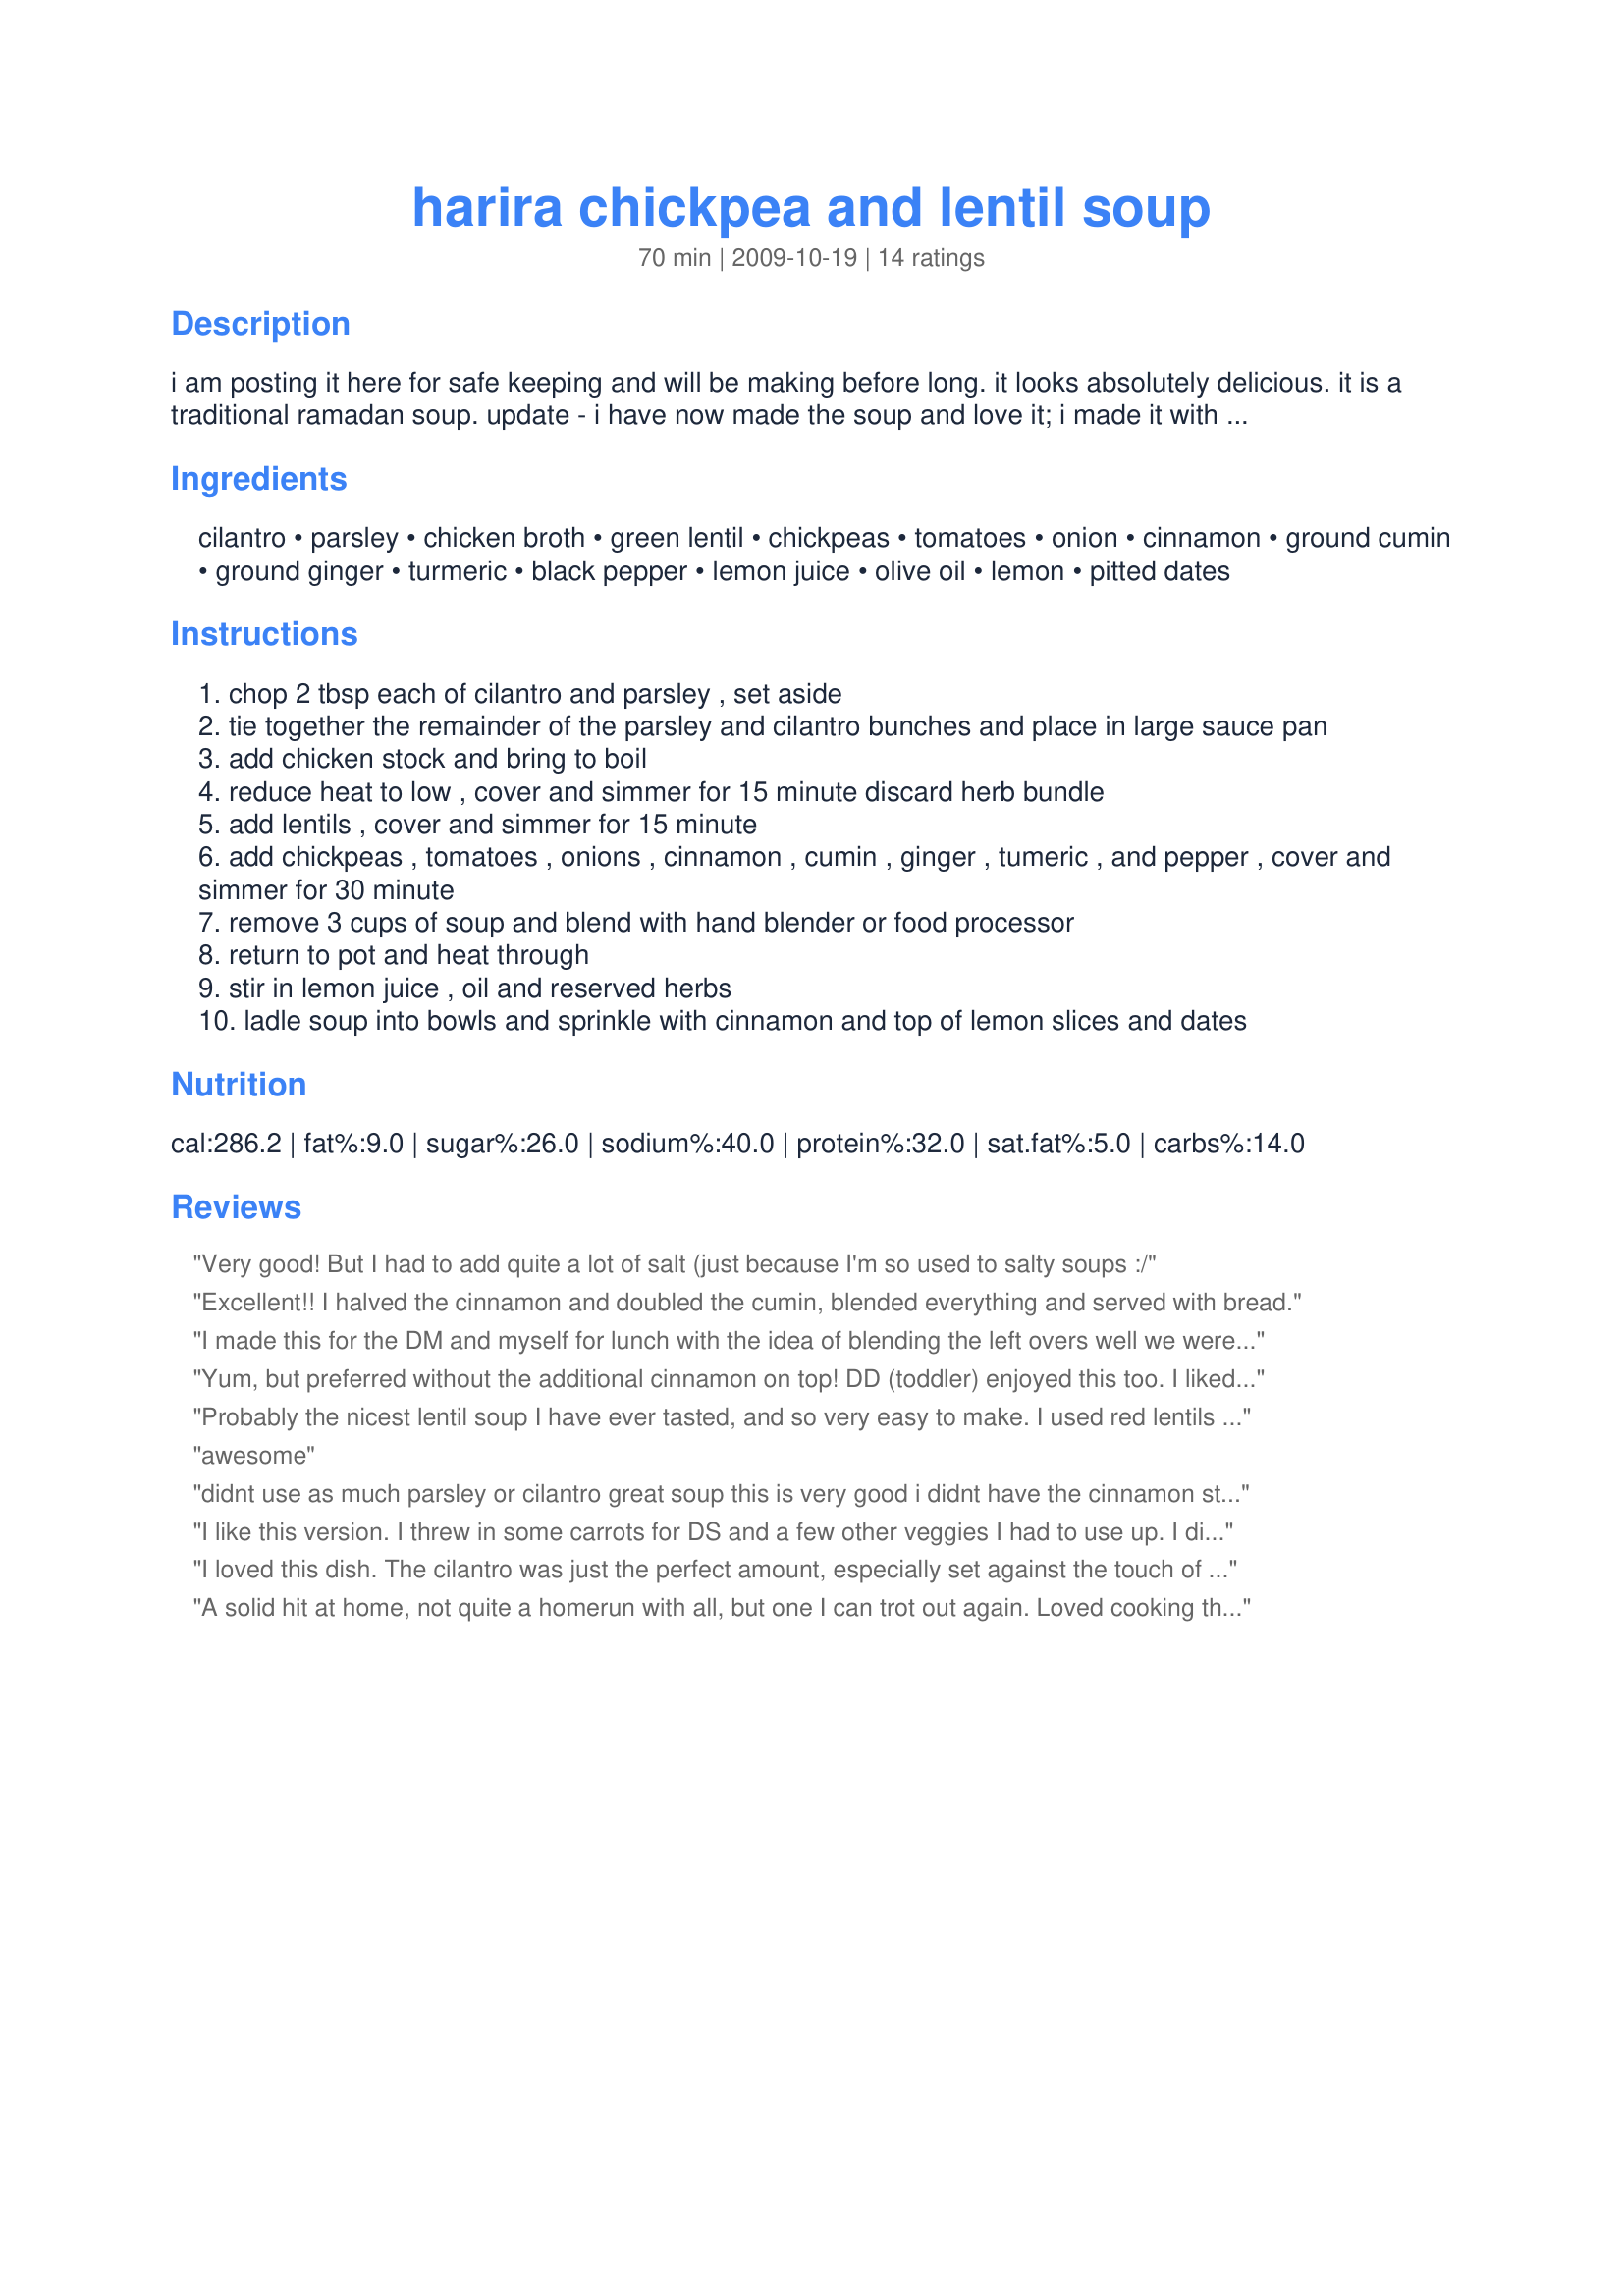
harira chickpea and lentil soup
Preparation time: 70 minutes

i am posting it here for safe keeping and will be making before long. it looks absolutely delicious. it is a traditional ramadan soup. update - i have now made the soup and love it; i made it with red lentils which worked fine.

Ingredients:
cilantro, parsley, chicken broth, green lentil, chickpeas, tomatoes, onion, cinnamon, ground cumin, ground ginger, turmeric, black pepper, lemon juice, olive oil, lemon, pitted dates

Steps:
chop 2 tbsp each of cilantro and parsley , set aside
tie together the remainder of the parsley and cilantro bunches and place in large sauce pan
add chicken stock and bring to boil
reduce heat to low , cover and simmer for 15 minute discard herb bundle
add lentils , cover and simmer for 15 minute
add chickpeas , tomatoes , onions , cinnamon , cumin , ginger , tumeric , and pepper , cover and simmer for 30 minute
remove 3 cups of soup and blend with hand blender or food processor
return to pot and heat through
stir in lemon juice , oil and reserved herbs
ladle soup into bowls and sprinkle with cinnamon and top of lemon slices and dates

Reviews:
Very good! But I had to add quite a lot of salt (just because I'm so used to salty soups :/
Excellent!! I halved the cinnamon and doubled the cumin, blended everything and served with bread.
I made this for the DM and myself for lunch with the idea of blending the left overs well we were enjoying it so much we polished of the lot and were chockas to say the least but very happily so. I just gave it a quick stab with the stick blender to smooth out some of the ingredients but left it mainly chunky and all the flavours justed played on one another and every mouthful was a pleasure to the senses, thank you Deantini, made for ZAAR Stars.
Yum, but preferred without the additional cinnamon on top! DD (toddler) enjoyed this too. I liked the lemon slice garnish it added much more to the flavour and I would not leave it off. I used red lentils as well. I used recipe#82385, less chickpeas as I was using the rest of a 19 oz can, freshly squeezed lemon juice, unrefined extra virgin olive oil, plus the rest except the optional date garnish as I didn't have any on hand! Made for Went to the Market Tag Game - Winter 2010/11.
Probably the nicest lentil soup I have ever tasted, and so very easy to make. I used red lentils and all the spices. My tins of tomatoes and chickpeas were each 14 ounces and I used all of both (including the juice of the tomatoes but not the liquid from the chickpeas). Although I love cinnamon, I worried that it might overpower the other flavours but it didn't. I hope everyone makes this comforting soup. It really is special. Thanks.
awesome
didnt use as much parsley or cilantro great soup this is very good i didnt have the cinnamon stick in very long cause it was smelling real cinnamony , and i just wanted a hint in the soup zaar 6 tour
I like this version. I threw in some carrots for DS and a few other veggies I had to use up. I didn't blend just because we like the broth in this dish. THank You Made for ZWT 7.
I loved this dish. The cilantro was just the perfect amount, especially set against the touch of sweet spice from the whole cinnamon stick. I can't think of a thing that would improve this dish. I'll definitely make this again, and I wouldn't change a thing about it. Made for Zaar World Tour #6 for the Seasoned Sailor and his Sassy Sirens team.
A solid hit at home, not quite a homerun with all, but one I can trot out again. Loved cooking the herbs with the broth - added such nice flavor to it. I did not have fresh parsley, threw in a bunch of dried, and then just strained it all. I used yellow lentils, and it looked so pretty with the red and yellow - I may not puree it at all next time. Used a bit less cinnamon, as I was not sure just how that would go over and it probably would have been ok as written. I love lentils, and this is yet another lovely way of using them.
Gorgeous, just left out the turmeric as didn't have any. Thank you!
Update 2010: Made again for ZWT6. This time I added the tumeric and it was even better! Thank you!
Wonderfool soup! I could not expect better chickpeas soup.<br/>I did not use the blender as I love texture (see my photo!). Sooo delicious! Really a keeper!<br/>I think the best chickpeas soup I ever tried!
I really liked this more than I thought I would. I blended all of it because I wanted my kids to try it. I made a substitution based on what I had. Instead of regular canned tomatoes I used a can of tomatoes and peppers. It was too hot for us. I can't wait to make it again using regular tomatoes.
This is definitely an unusual soup for my table, & a great conversation starter, too! I made it as written & included the 3 garnishes! Loved the blended flavors & the ease of preparation, & will make this one again! [Tagged, made & reviewed in Please Review My Recipe tag]
